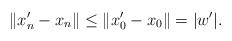
LaTeX: \begin{align*} \|x'_n - x_n\| \le \|x'_0-x_0\|= |w'|.\end{align*}